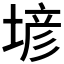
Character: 𡎑